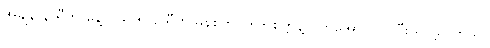
အချိန် နာရီက နေ့လယ် ၅ နာရီ ၈ မိနစ်တွင် ၅၆ စက္ကန့် ကြာအောင်လှုပ်ပြီး ရပ်ခဲ့ပါတယ်။